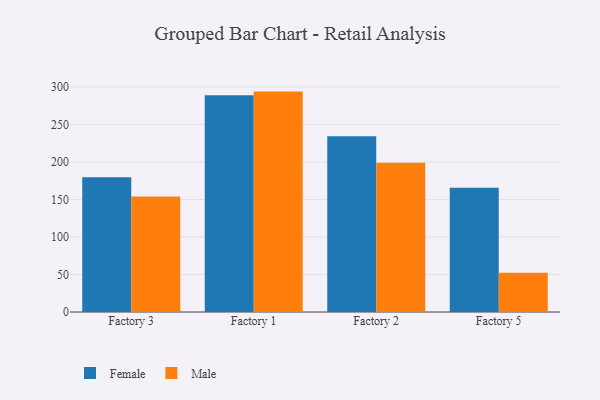
{"axis": {"x": "Factory", "y": "Inventory Turnover"}, "legend": ["Female", "Male"], "data": [{"x": "Factory 3", "y": 179.7, "type": "Female"}, {"x": "Factory 3", "y": 154.1, "type": "Male"}, {"x": "Factory 1", "y": 289.1, "type": "Female"}, {"x": "Factory 1", "y": 293.8, "type": "Male"}, {"x": "Factory 2", "y": 234.4, "type": "Female"}, {"x": "Factory 2", "y": 198.9, "type": "Male"}, {"x": "Factory 5", "y": 165.7, "type": "Female"}, {"x": "Factory 5", "y": 52.2, "type": "Male"}]}